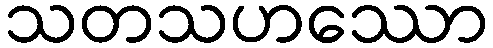
သတသဟဿော